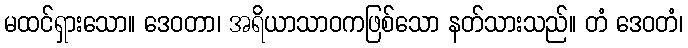
မထင်ရှားသော။ ဒေဝတာ၊ အရိယာသာဝကဖြစ်သော နတ်သားသည်။ တံ ဒေဝတံ၊